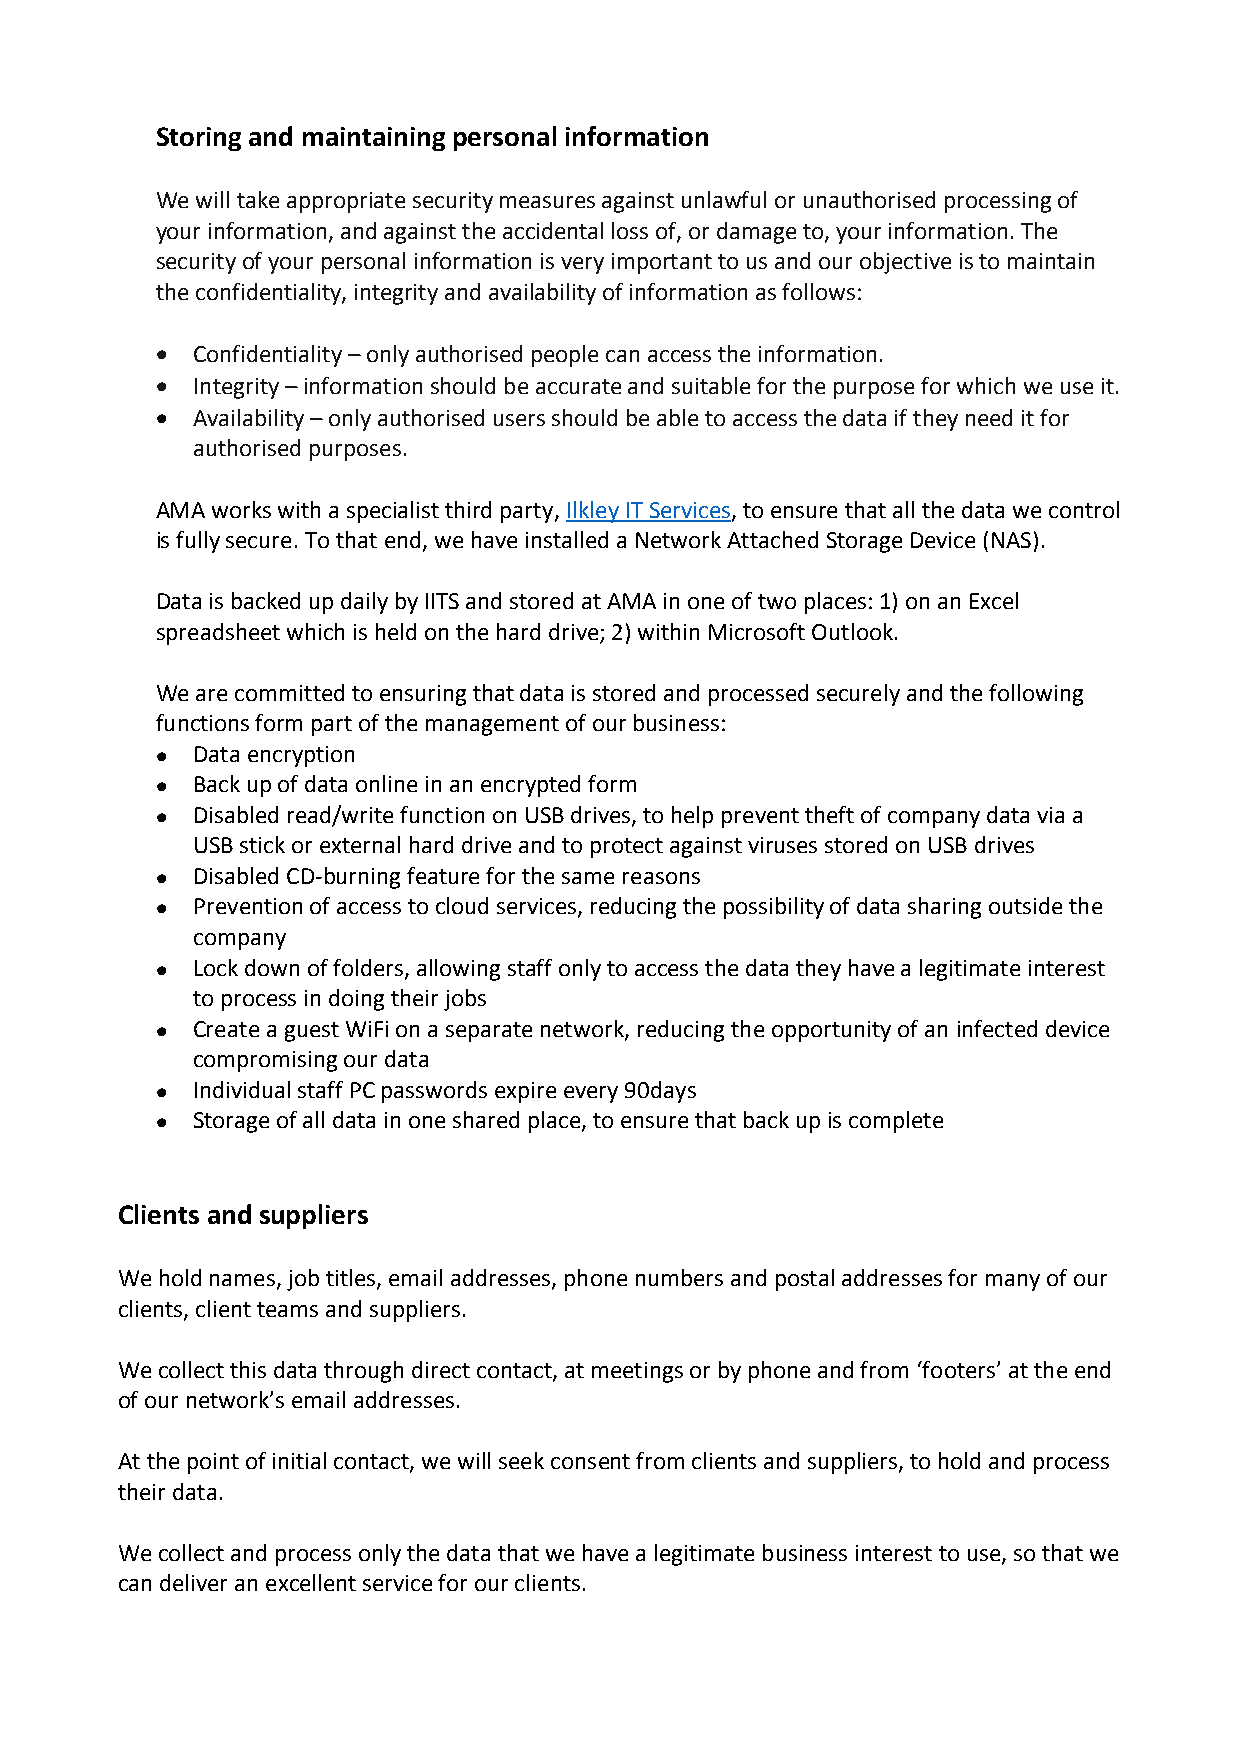
Storing and maintaining personal information
 We will take appropriate security measures against unlawful or unauthorised processing of
 your information, and against the accidental loss of, or damage to, your information. The
 security of your personal information is very important to us and our objective is to maintain
 the confidentiality, integrity and availability of information as follows:
 •  Confidentiality – only authorised people can access the information.
 •  Integrity – information should be accurate and suitable for the purpose for which we use it.
 •  Availability – only authorised users should be able to access the data if they need it for
 authorised purposes.
 AMA works with a specialist third party, Ilkley IT Services, to ensure that all the data we control
 is fully secure. To that end, we have installed a Network Attached Storage Device (NAS).
 Data is backed up daily by IITS and stored at AMA in one of two places: 1) on an Excel
 spreadsheet which is held on the hard drive; 2) within Microsoft Outlook.
 We are committed to ensuring that data is stored and processed securely and the following
 functions form part of the management of our business:
 •  Data encryption
 •  Back up of data online in an encrypted form
 •  Disabled read/write function on USB drives, to help prevent theft of company data via a
 USB stick or external hard drive and to protect against viruses stored on USB drives
 •  Disabled CD-burning feature for the same reasons
 •  Prevention of access to cloud services, reducing the possibility of data sharing outside the
 company
 •  Lock down of folders, allowing staff only to access the data they have a legitimate interest
 to process in doing their jobs
 •  Create a guest WiFi on a separate network, reducing the opportunity of an infected device
 compromising our data
 •  Individual staff PC passwords expire every 90days
 •  Storage of all data in one shared place, to ensure that back up is complete
 Clients and suppliers
 We hold names, job titles, email addresses, phone numbers and postal addresses for many of our
 clients, client teams and suppliers.
 We collect this data through direct contact, at meetings or by phone and from ‘footers’ at the end
 of our network’s email addresses.
 At the point of initial contact, we will seek consent from clients and suppliers, to hold and process
 their data.
 We collect and process only the data that we have a legitimate business interest to use, so that we
 can deliver an excellent service for our clients.